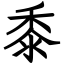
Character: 黍